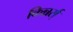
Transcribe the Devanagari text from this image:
किन्नर्स्